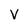
Character: V